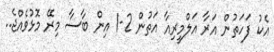
އެކު ފަހަތުން އަރާ އަލްމީރިއާ އަތުން 2-1 އިން ބާސާ މިރޭ މޮޅުވެއްޖެ..